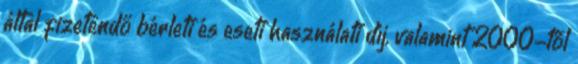
által fizetendő bérleti és eseti használati díj, valamint 2000-től